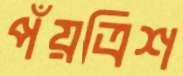
পঁয়ত্রিশ